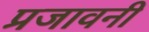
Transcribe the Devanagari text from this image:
प्रजावनी